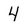
Character: 4